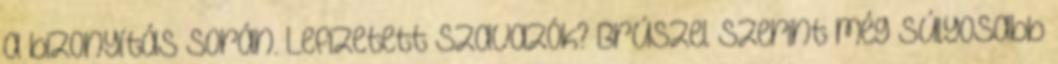
a bizonyítás során. Lefizetett szavazók? Brúszel szerint még súlyosabb